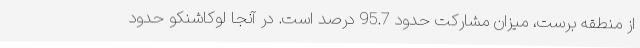
از منطقه برست، میزان مشارکت حدود 95.7 درصد است. در آنجا لوکاشنکو حدود